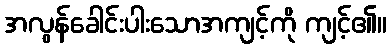
အလွန်ခေါင်းပါးသောအကျင့်ကို ကျင့်၏။